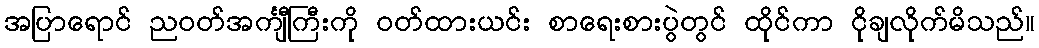
အပြာရောင် ညဝတ်အင်္ကျီကြီးကို ဝတ်ထားယင်း စာရေးစားပွဲတွင် ထိုင်ကာ ငိုချလိုက်မိသည်။